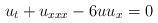
LaTeX: \begin{align*}u_t + u_{xxx} - 6 uu_x = 0\end{align*}